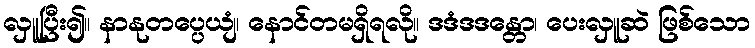
လှူပြီး၍။ နာနုတပ္ပေယျံ၊ နောင်တမရှိရလို။ ဒဒံဒဒန္တော၊ ပေးလှူဆဲ ဖြစ်သော